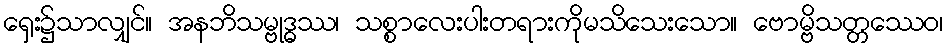
ရှေး၌သာလျှင်။ အနဘိသမ္ဗုဒ္ဓဿ၊ သစ္စာလေးပါးတရားကိုမသိသေးသော။ ဗောမ္ဗိသတ္တဿေဝ၊